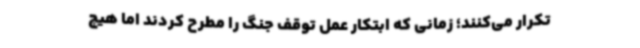
تکرار می‌کنند؛ زمانی که ابتکار عمل توقف جنگ را مطرح کردند اما هیچ